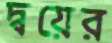
দ্বয়ের